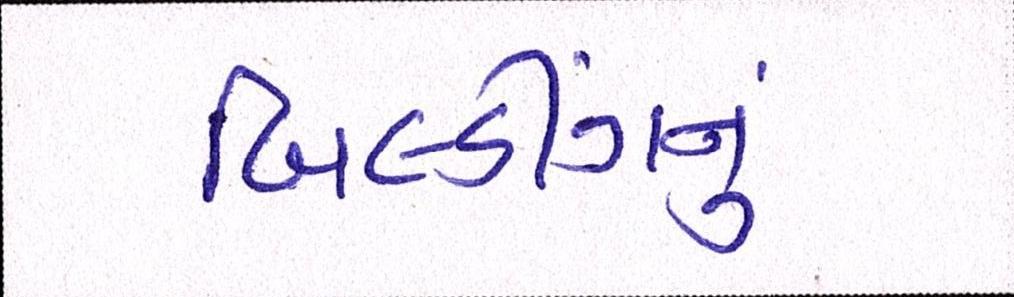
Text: બિલ્ડીંગનું